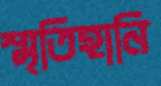
স্মৃতিহানি